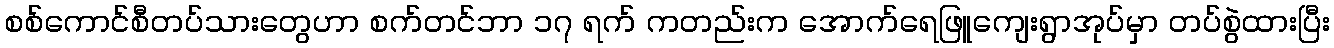
စစ်ကောင်စီတပ်သားတွေဟာ စက်တင်ဘာ ၁၇ ရက် ကတည်းက အောက်ရေဖြူကျေးရွာအုပ်မှာ တပ်စွဲထားပြီး